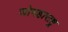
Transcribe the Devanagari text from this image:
जोमहाराष्ट्र